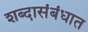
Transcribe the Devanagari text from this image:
शब्दासंबंधात